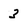
Character: 3